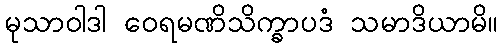
မုသာဝါဒါ ဝေရမဏိသိက္ခာပဒံ သမာဒိယာမိ။